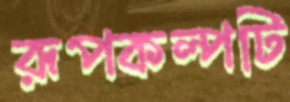
রূপকল্পটি